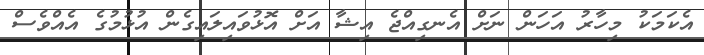
އެކަމަކު މިހާރު އަހަން ނަށް އެނގިއްޖެ އިޝާ އަށް އޮޅުވައިލައިގެން އުޅުމުގެ އެއްވެސް